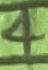
Text: 4